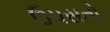
ઉપસતો